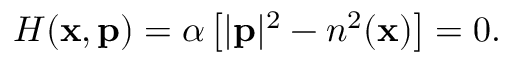
H ( \mathbf { x } , \mathbf { p } ) = \alpha \left[ | \mathbf { p } | ^ { 2 } - n ^ { 2 } ( \mathbf { x } ) \right] = 0 .